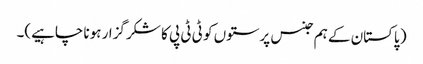
( پاکستان کے ہم جنس پرستوں کو ٹی ٹی پی کا شکر گزار ہونا چاہیے)۔